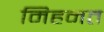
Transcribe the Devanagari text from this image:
मिहनत